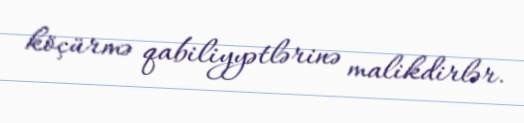
köçürmə qabiliyyətlərinə malikdirlər.